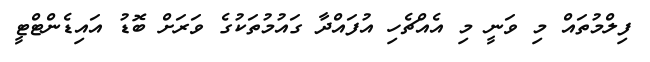
ފިލްމުތައް މި ވަނީ މި އެއްޗެހި އުފައްދާ ގައުމުތަކުގެ ވަރަށް ބޮޑު އައިޑެންޓްޓީ